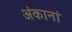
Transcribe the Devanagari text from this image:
अंकानां